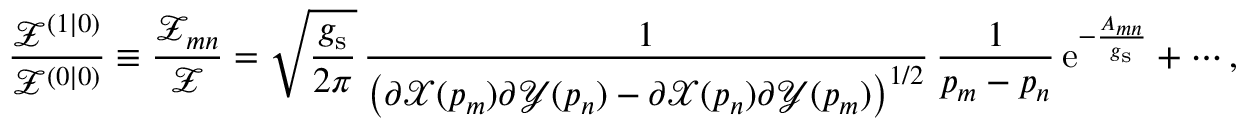
\frac { \mathcal { Z } ^ { ( 1 | 0 ) } } { \mathcal { Z } ^ { ( 0 | 0 ) } } \equiv \frac { \mathcal { Z } _ { m n } } { \mathcal { Z } } = \sqrt { \frac { g _ { \mathrm { s } } } { 2 \pi } } \, \frac { 1 } { \left( \partial { \mathcal X } ( p _ { m } ) \partial { \mathcal Y } ( p _ { n } ) - \partial { \mathcal X } ( p _ { n } ) \partial { \mathcal Y } ( p _ { m } ) \right) ^ { 1 / 2 } } \, \frac { 1 } { p _ { m } - p _ { n } } \, { \mathrm { e } } ^ { - \frac { A _ { m n } } { g _ { \mathrm { s } } } } + \cdots ,